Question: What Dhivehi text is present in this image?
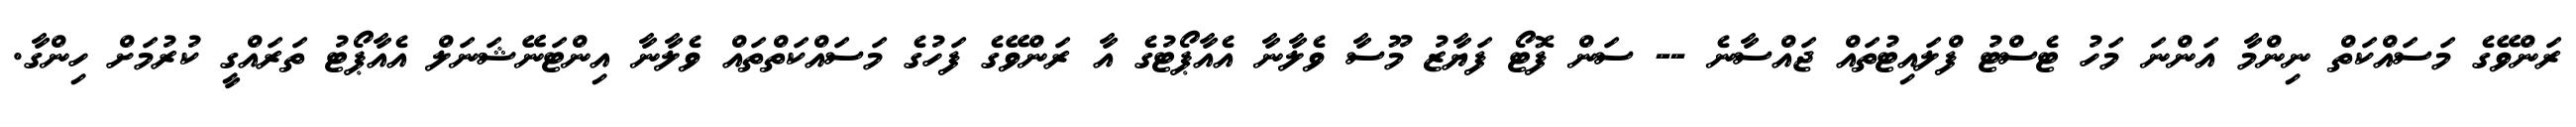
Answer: ރަންވޭގެ މަސައްކަތް ނިންމާ އަންނަ މަހު ޓެސްޓު ފްލައިޓުތައް ޖައްސާނެ -- ސަން ފޮޓޯ ފަޔާޒު މޫސާ ވެލާނާ އެއާޕޯޓުގެ އާ ރަންވޭގެ ފަހުގެ މަސައްކަތްތައް ވެލާނާ އިންޓަނޭޝަނަލް އެއާޕޯޓު ތަރައްގީ ކުރުމަށް ހިންގާ.